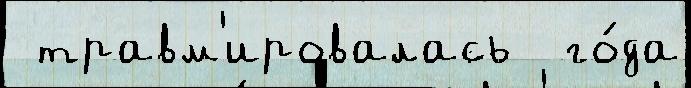
 травм'ировалась  го́да